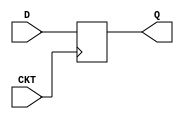
//NOTE: Input B7 will be XOR of all sensors(clocks) present for each slot
//The output block number will be the button number which is pressed last (when slot is empty, which is handled in logisim)
//Bk is actually is button pressed & if free slot is available(from BlockCircuit code)
//Note, simulation may not seem perfect since it is not that very feasible to simulate buttons through veriolog

module dflipflop (input D, input CKT, output reg Q);
    always @(posedge CKT) begin
        Q <= D;
    end
endmodule

module PriorityEncoder(i,y);
    input [7:0]i;
    output [2:0]y;

    assign y[2]=i[4] | i[5] | i[6] | i[7];
    assign y[1]=i[2] | i[3] | i[6] | i[7];
    assign y[0]=i[1] | i[3] | i[5] | i[7];

endmodule

module BlockChooser(B,F);
    input [7:0]B;
    wire CKT;
    wire [7:0]W;
    output [2:0]F;

    or O1(CKT,B[0],B[1],B[2],B[3],B[4],B[5],B[6],B[7]);
    
    dflipflop s0 (.D(B[0]), .CKT(CKT), .Q(W[0]));
    dflipflop s1 (.D(B[1]), .CKT(CKT), .Q(W[1]));
    dflipflop s2 (.D(B[2]), .CKT(CKT), .Q(W[2]));
    dflipflop s3 (.D(B[3]), .CKT(CKT), .Q(W[3]));
    dflipflop s4 (.D(B[4]), .CKT(CKT), .Q(W[4]));
    dflipflop s5 (.D(B[5]), .CKT(CKT), .Q(W[5]));
    dflipflop s6 (.D(B[6]), .CKT(CKT), .Q(W[6]));
    dflipflop s7 (.D(B[7]), .CKT(CKT), .Q(W[7]));
    
    PriorityEncoder p1(B,F);

endmodule


module BlockChooser_tb;

reg [7:0]B;
wire [2:0]F;

BlockChooser b1(B,F);

initial begin
    $dumpfile("BlockChooser.vcd");
    $dumpvars(0,BlockChooser_tb);
end
initial begin
    $display("|B0 |B1 |B2 |B3 |B4 |B5 |B6 |B7 | BlockNumber |");
    $monitor("| %b | %b | %b | %b | %b | %b | %b | %b |     %b     |",B[0],B[1],B[2],B[3],B[4],B[5],B[6],B[7],F);
    
    //Let B and be something intially
    B=8'b10000000;
    
    //let Button 5 be pressed now
    #110 B=8'b00100000;
    //button is released now

    //For a while no button is pressed 
    //But still, path to block 5 is shown

    //When car is parked, button 7 will get activated
    //Can be understood from logisim code
    //When car is entering, only 1 out of the 21 sensors(clocks) is 1 (odd parity, so xor gives 1 as output)
    //So the xor part will give output 1 which is button 7 
    //So button 7 is pressed technically
    //Once the car is parked
    //That sensor(clock) will return 0  
    //So xor of all will become 0 again, as 0 sensors are 1 (0 is even parity, so xor gives 0 as output)
    //So button is released again
    //And path to block 7, empty path is shown
    #170 B=8'b10000000;

    //let Button 1 be pressed now
    #210 B=8'b00000010;
    //button is released now
    
    //For a while no button is pressed 
    //But still, path to block 1 is shown

    //When car is parked, button 7 will get activated
    //Can be understood from logisim code
    //When car is entering, only 1 out of the 21 sensors(clocks) is 1 (odd parity, so xor gives 1 as output)
    //So the xor part will give output 1 which is button 7 
    //So button 7 is pressed technically
    //Once the car is parked
    //That sensor(clock) will return 0  
    //So xor of all will become 0 again, as 0 sensors are 1 (0 is even parity, so xor gives 0 as output)
    //So button is released again
    //And path to block 7, empty path is shown
    #270 B=8'b10000000;

end

initial #10000 $finish;
    
endmodule